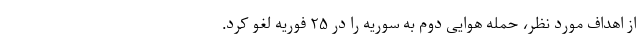
از اهداف مورد نظر، حمله هوایی دوم به سوریه را در ۲۵ فوریه لغو کرد.